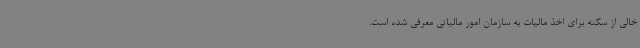
خالی از سکنه برای اخذ مالیات به سازمان امور مالیاتی معرفی شده است.